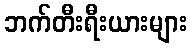
ဘက်တီးရီးယားများ